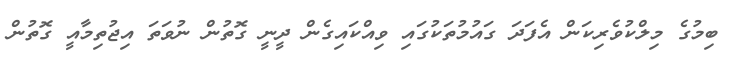
ބިމުގެ މިލްކުވެރިކަން އެފަދަ ގައުމުތަކުގައި ވިއްކައިގެން ދީނީ ގޮތުން ނުވަތަ އިޖުތިމާއީ ގޮތުން